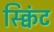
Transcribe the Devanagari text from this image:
स्क्विंट